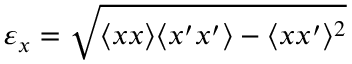
\varepsilon _ { x } = \sqrt { \langle { x x } \rangle \langle { x ^ { \prime } x ^ { \prime } } \rangle - \langle { x x ^ { \prime } } \rangle ^ { 2 } }